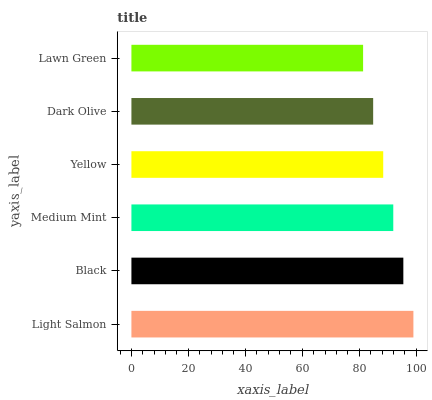
| yaxis_label | bars |
 | --- | --- |
 | Light Salmon | 99 |
 | Black | 95.5 |
 | Medium Mint | 91.9 |
 | Yellow | 88.4 |
 | Dark Olive | 84.9 |
 | Lawn Green | 81.3 |